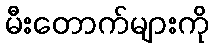
မီးတောက်များကို